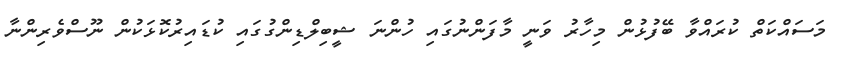
މަސައްކަތް ކުރައްވާ ބޭފުޅުން މިހާރު ވަނީ މާފަަންނުގައި ހުންނަ ޝީބިލްޑިންގުގައި ކުޑައިރުކޮޅަކުން ނޫސްވެރިންނާ